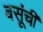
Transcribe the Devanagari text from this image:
बसूंची